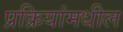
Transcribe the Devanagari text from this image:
प्रक्रियांमधील